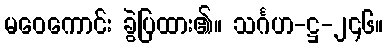
မဝေကောင်း ခွဲပြထား၏။ သင်္ဂဟ-ဋ္ဌ-၂၄၆။